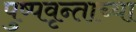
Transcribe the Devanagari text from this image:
पुष्पवृन्ताच्या